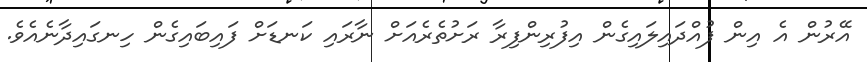
އޭރުން އެ އިން ފުއްދައިލައިގެން އިފުރިންފިރާ ރަށުތެރެއަށް ނާރައި ކަނޑަށް ފައިބައިގެން ހިނގައިދާނެއެވެ.